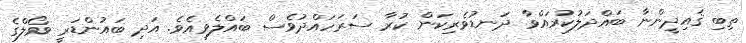
ތިބި ޤައިދީންނާ ބައްދަލުކުރައްވާ ދަނޑުވެރިކަން ކުރާ ސަރަހައްދުވެސް ބައްލެވިއެވެ. އަދި ބައުންޑަރީ ވޯލްގެ